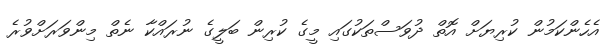
އެހެންކަމުން ކުރިޔަށް އޮތް ދުވަސްތަކުގައި މީގެ ކުރިން ބަލީގެ ނުރައްކާ ނެތް މިންވަރަށްވުރެ